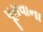
પૂરાવાના